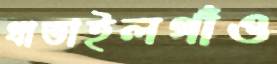
ধাতাইলগাঁও